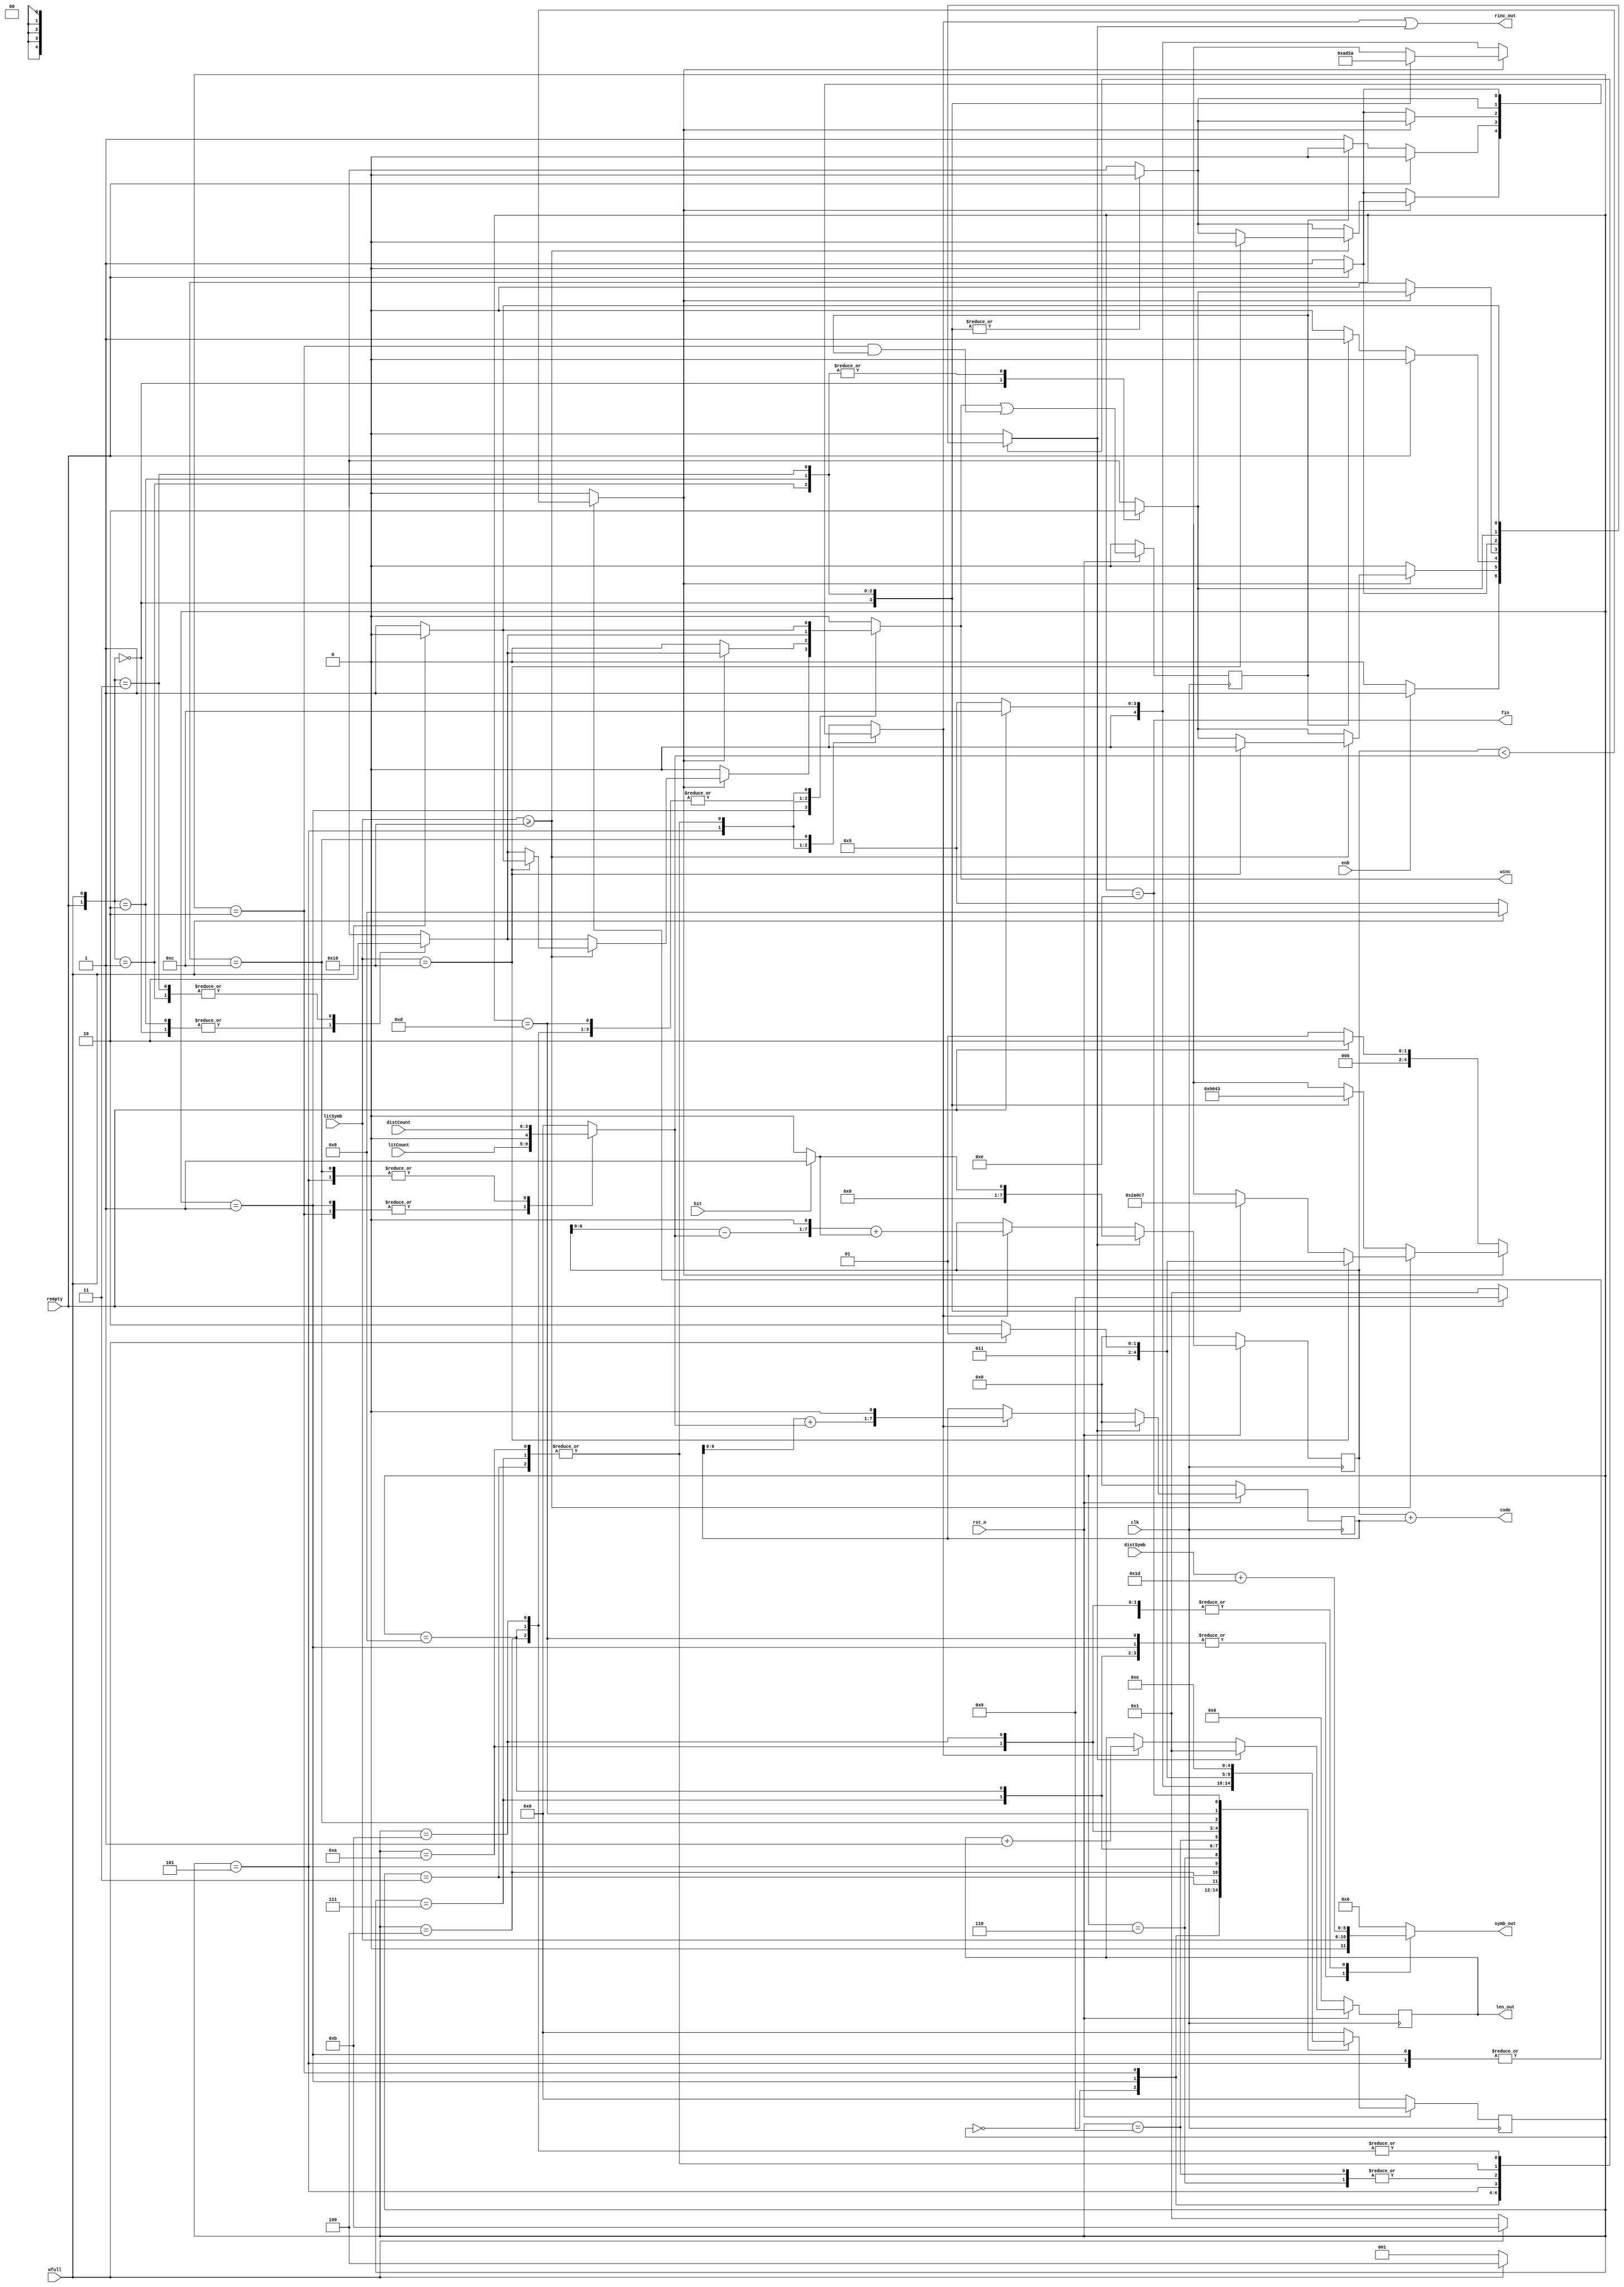
module Decoder(input wire       clk,rst_n,
               input wire       enb,rempty,wfull,
               input wire       bit,
               input wire[4:0]  litSymb,litCount,
               input wire[3:0]  distSymb,distCount,
               output reg       winc,
               output wire      fin,rinc_out,
               output wire[7:0] code,
               output wire[3:0] len_out,
               output reg[5:0]  symb_out);

    parameter IDLE     = 4'b0000;
    parameter lit      = 4'b0001;
    parameter WaitRL   = 4'b0010;
    parameter WaitWRL  = 4'b0011;
    parameter WaitWL   = 4'b0100;
    parameter dist     = 4'b0101;
    parameter WaitRT   = 4'b0110;
    parameter WaitWRT  = 4'b0111;
    parameter WaitWT   = 4'b1000;
    parameter WaitRTR  = 4'b1001;
    parameter WaitWRTR = 4'b1010;
    parameter WaitWTR  = 4'b1011;
    parameter WaitRD   = 4'b1100;
    parameter WaitF    = 4'b1101;
    parameter Finish   = 4'b1110;
    reg[4:0] curr_state,next_state;

    reg[3:0] len;
    reg[7:0] base,off;
    wire[7:0] next_base,next_off;
    reg match,ref;
    reg matched;
    reg rinc;
    wire next_matched;

    reg[4:0] symb,count;

    reg ext_ph,next_ph;
    reg[2:0] ext_bits;


    //FSM block

    always @(posedge clk) begin
        if(!rst_n)begin
            curr_state <= IDLE;
        end
        else begin
            curr_state <= next_state;
        end
    end

    //FSM state trans & comb logic

    always @(*) begin
        case(curr_state)
            IDLE:begin
                if(enb)begin
                    next_state = lit;
                    rinc       = 1'b0;
                    winc       = 1'b0;
                    ref        = 1'b1;
                end
                else begin
                    next_state = IDLE;
                    rinc       = 1'b0;
                    winc       = 1'b0;
                    ref        = 1'b0;
                end
            end
            lit:begin
                if(match)begin
                    if(litSymb >= 5'd16)begin
                        if(litSymb == 5'd16)begin
                            if(wfull)begin
                                next_state = WaitF;
                                rinc       = 1'b0;
                                winc       = 1'b0;
                                ref        = 1'b0;
                            end
                            else begin
                                next_state = Finish;
                                rinc       = 1'b0;
                                winc       = 1'b1;
                                ref        = 1'b0;
                            end
                        end
                        else begin
                            case({rempty,wfull})
                            2'b00:begin
                                next_state = dist;
                                rinc       = 1'b0;
                                winc       = 1'b1;
                                ref        = 1'b1;
                            end
                            2'b01:begin
                                next_state = WaitWT;
                                rinc       = 1'b0;
                                winc       = 1'b0;
                                ref        = 1'b0;
                            end
                            2'b10:begin
                                next_state = WaitRT;
                                rinc       = 1'b0;
                                winc       = 1'b1;
                                ref        = 1'b0;
                            end
                            2'b11:begin
                                next_state = WaitWRT;
                                rinc       = 1'b0;
                                winc       = 1'b0;
                                ref        = 1'b0;
                            end
                            default:begin
                                next_state = IDLE;
                                rinc       = 1'b0;
                                winc       = 1'b0;
                                ref        = 1'b0;
                            end
                        endcase 
                        end
                    end
                    else begin
                       case({rempty,wfull})
                            2'b00:begin
                                next_state = lit;
                                rinc       = 1'b0;
                                winc       = 1'b1;
                                ref        = 1'b1;
                            end
                            2'b01:begin
                                next_state = WaitWL;
                                rinc       = 1'b0;
                                winc       = 1'b0;
                                ref        = 1'b0;
                            end
                            2'b10:begin
                                next_state = WaitRL;
                                rinc       = 1'b0;
                                winc       = 1'b1;
                                ref        = 1'b0;
                            end
                            2'b11:begin
                                next_state = WaitWRL;
                                rinc       = 1'b0;
                                winc       = 1'b0;
                                ref        = 1'b0;
                            end
                            default:begin
                                next_state = IDLE;
                                rinc       = 1'b0;
                                winc       = 1'b0;
                                ref        = 1'b0;
                            end
                        endcase 
                    end
                end
                else begin
                    if(rempty)begin
                        next_state = WaitRL;
                        rinc       = 1'b0;
                        winc       = 1'b0;
                        ref        = 1'b0;
                    end
                    else begin
                        next_state = lit;
                        rinc       = 1'b1;
                        winc       = 1'b0;
                        ref        = 1'b0;
                    end
                end
            end
            WaitRL:begin
                if(rempty)begin
                    next_state = WaitRL;
                    rinc       = 1'b0;
                    winc       = 1'b0;
                    ref        = 1'b0;
                end
                else begin
                    if(matched)begin
                        next_state = lit;
                        rinc       = 1'b0;
                        winc       = 1'b0;
                        ref        = 1'b1;
                    end
                    else begin
                        next_state = lit;
                        rinc       = 1'b1;
                        winc       = 1'b0;
                        ref        = 1'b0;
                    end
                end
            end
            WaitWRL:begin
                case({rempty,wfull})
                    2'b00:begin
                        next_state = lit;
                        rinc       = 1'b0;
                        winc       = 1'b1;
                        ref        = 1'b1;
                    end
                    2'b01:begin
                        next_state = WaitWL;
                        rinc       = 1'b0;
                        winc       = 1'b0;
                        ref        = 1'b0;
                    end
                    2'b10:begin
                        next_state = WaitRL;
                        rinc       = 1'b0;
                        winc       = 1'b1;
                        ref        = 1'b0;
                    end
                    2'b11:begin
                        next_state = WaitWRL;
                        rinc       = 1'b0;
                        winc       = 1'b0;
                        ref        = 1'b0;
                    end
                    default:begin
                        next_state = IDLE;
                        rinc       = 1'b0;
                        winc       = 1'b0;
                        ref        = 1'b0;
                    end
                endcase
            end
            WaitWL:begin
                if(wfull)begin
                    next_state = WaitWL;
                    rinc       = 1'b0;
                    winc       = 1'b0;
                    ref        = 1'b0;
                end
                else begin
                    next_state = lit;
                    rinc       = 1'b0;
                    winc       = 1'b1;
                    ref        = 1'b1;
                end
            end
            dist:begin
                if(match)begin
                    case({rempty,wfull})
                        2'b00:begin
                            next_state = lit;
                            rinc       = 1'b0;
                            winc       = 1'b1;
                            ref        = 1'b1;
                        end
                        2'b01:begin
                            next_state = WaitWTR;
                            rinc       = 1'b0;
                            winc       = 1'b0;
                            ref        = 1'b0;
                        end
                        2'b10:begin
                            next_state = WaitRTR;
                            rinc       = 1'b0;
                            winc       = 1'b1;
                            ref        = 1'b0;
                        end
                        2'b11:begin
                            next_state = WaitWRTR;
                            rinc       = 1'b0;
                            winc       = 1'b0;
                            ref        = 1'b0;
                        end
                        default:begin
                            next_state = IDLE;
                            rinc       = 1'b0;
                            winc       = 1'b0;
                            ref        = 1'b0;
                        end
                    endcase
                end
                else begin
                    if(rempty)begin
                        next_state = WaitRD;
                        rinc       = 1'b0;
                        winc       = 1'b0;
                        ref        = 1'b0;
                    end
                    else begin
                        next_state = dist;
                        rinc       = 1'b1;
                        winc       = 1'b0;
                        ref        = 1'b0;
                    end
                end
            end
            WaitRT:begin
                if(rempty)begin
                    next_state = WaitRT;
                    rinc       = 1'b0;
                    winc       = 1'b0;
                    ref        = 1'b0;
                end
                else begin
                    next_state = dist;
                    rinc       = 1'b0;
                    winc       = 1'b0;
                    ref        = 1'b1;
                end
            end
            WaitWRT:begin
                case({rempty,wfull})
                    2'b00:begin
                        next_state = dist;
                        rinc       = 1'b0;
                        winc       = 1'b1;
                        ref        = 1'b1;
                    end
                    2'b01:begin
                        next_state = WaitWT;
                        rinc       = 1'b0;
                        winc       = 1'b0;
                        ref        = 1'b0;
                    end
                    2'b10:begin
                        next_state = WaitRT;
                        rinc       = 1'b0;
                        winc       = 1'b1;
                        ref        = 1'b0;
                    end
                    2'b11:begin
                        next_state = WaitWRT;
                        rinc       = 1'b0;
                        winc       = 1'b0;
                        ref        = 1'b0;
                    end
                    default:begin
                        next_state = IDLE;
                        rinc       = 1'b0;
                        winc       = 1'b0;
                        ref        = 1'b0;
                    end
                endcase
            end
            WaitWT:begin
                if(wfull)begin
                    next_state = WaitWT;
                    rinc       = 1'b0;
                    winc       = 1'b0;
                    ref        = 1'b0;
                end
                else begin
                    next_state = dist;
                    rinc       = 1'b0;
                    winc       = 1'b1;
                    ref        = 1'b1;
                end
            end
            WaitRTR:begin
                if(rempty)begin
                    next_state = WaitRTR;
                    rinc       = 1'b0;
                    winc       = 1'b0;
                    ref        = 1'b0;
                end
                else begin
                    next_state = lit;
                    rinc       = 1'b0;
                    winc       = 1'b0;
                    ref        = 1'b1;
                end
            end
            WaitWRTR:begin
                case({rempty,wfull})
                    2'b00:begin
                        next_state = lit;
                        rinc       = 1'b0;
                        winc       = 1'b1;
                        ref        = 1'b1;
                    end
                    2'b01:begin
                        next_state = WaitWTR;
                        rinc       = 1'b0;
                        winc       = 1'b0;
                        ref        = 1'b0;
                    end
                    2'b10:begin
                        next_state = WaitRTR;
                        rinc       = 1'b0;
                        winc       = 1'b1;
                        ref        = 1'b0;
                    end
                    2'b11:begin
                        next_state = WaitWRTR;
                        rinc       = 1'b0;
                        winc       = 1'b0;
                        ref        = 1'b0;
                    end
                    default:begin
                        next_state = IDLE;
                        rinc       = 1'b0;
                        winc       = 1'b0;
                        ref        = 1'b0;
                    end
                endcase
            end
            WaitWTR:begin
                if(wfull)begin
                    next_state = WaitWTR;
                    rinc       = 1'b0;
                    winc       = 1'b0;
                    ref        = 1'b0;
                end
                else begin
                    next_state = lit;
                    rinc       = 1'b0;
                    winc       = 1'b1;
                    ref        = 1'b1;
                end
            end
            WaitRD:begin
                if(rempty)begin
                    next_state = WaitRD;
                    rinc       = 1'b0;
                    winc       = 1'b0;
                    ref        = 1'b0;
                end
                else begin
                    next_state = dist;
                    rinc       = 1'b1;
                    winc       = 1'b0;
                    ref        = 1'b0;
                end
            end
            WaitF:begin
                if(wfull)begin
                    next_state = WaitF;
                    rinc       = 1'b0;
                    winc       = 1'b0;
                    ref        = 1'b0;
                end
                else begin
                    next_state = Finish;
                    rinc       = 1'b0;
                    winc       = 1'b1;
                    ref        = 1'b0;
                end
            end
            Finish:begin
                next_state = Finish;
                rinc       = 1'b0;
                winc       = 1'b0;
                ref        = 1'b0;
            end
            default:begin
                next_state = IDLE;
                rinc       = 1'b0;
                winc       = 1'b0;
                ref        = 1'b0;
            end
        endcase
    end
    

    //Other seq logic

    always @(posedge clk) begin
        if(!rst_n)begin
            len  <= 4'b0;
            off  <= 8'b0;
            base <= 8'b0;
        end
        else begin
            if(ref)begin
                len  <= 4'd1;
                off  <= bit?8'b0000_0001:8'b0;
                base <= 8'b0;
            end
            else if(rinc) begin
                len  <= len + 1'b1;
                off  <= next_off;
                base <= next_base;
            end
        end
    end

    always @(posedge clk) begin
        if(!rst_n) matched <= 1'b0;
        else matched <= next_matched;
    end

    //Other comb logic

    always @(*) begin
        case(curr_state)
            lit:     match = off < count;
            dist:    match = off < count;
            default: match = 1'b0;
        endcase
    end

    always @(*) begin
        case(curr_state)
            lit:     symb  = litSymb;
            dist:    symb  = {1'b0,distSymb};
            default: symb  = 5'b0;
        endcase
    end

    always @(*) begin
        case(curr_state)
            lit:     count = litCount;
            WaitRL:  count = litCount;
            dist:    count = distCount;
            WaitRD:  count = distCount;
            default: count = 5'b0; 
        endcase
    end

    assign next_off     = ((off - count) << 1) + (bit?1'b1:1'b0);
    assign next_base    = (base + count) << 1;
    assign next_matched = winc|((curr_state == WaitRL)&matched);

    assign len_out      = len;
    assign fin          = curr_state == Finish;
    assign code         = off + base;
    assign rinc_out     = rinc|ref;
    
    always @(*) begin
        case(curr_state)
            lit:      symb_out = litSymb;
            WaitRL:   symb_out = litSymb;
            WaitWRL:  symb_out = litSymb;
            WaitWL:   symb_out = litSymb;
            WaitF:    symb_out = litSymb;
            WaitWRT:  symb_out = litSymb;
            WaitWT:   symb_out = litSymb;
            dist:     symb_out = distSymb + 6'd29;
            WaitWRTR: symb_out = distSymb + 6'd29;
            WaitWTR:  symb_out = distSymb + 6'd29;
            default:  symb_out = 6'b0;
        endcase
    end
    

endmodule